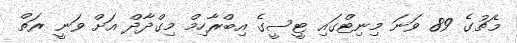
މެޗުގެ 89 ވަނަ މިނިޓްގައި ޓީސީގެ އިބްރާހިމް މިގްދާދް އަށް ވަނީ ރަތް